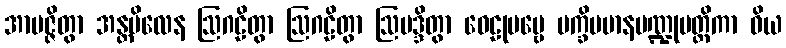
အာပဇ္ဇိတွာ အန္တဗိလေန ဩဂဠိတွာ ဩဂဠိတွာ ဩမဒ္ဒိတွာ ဝေဠုပဗ္ဗေ ပက္ခိပမာနပဏ္ဍုမတ္တိကာ ဝိယ